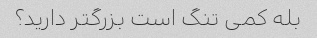
بله کمی تنگ است بزرگتر دارید؟